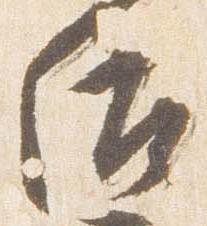
后